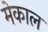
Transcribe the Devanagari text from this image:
मेकाल